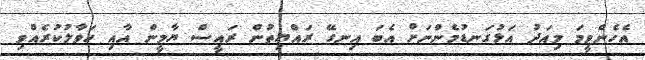
އެހެންވީމަ މިއަދު އަޅުގަނޑުމެންނަށް އެބަ އިނގޭ ރައްޔިތުން ރައީސް ޔާމީން އާއި ހަވާލުކުރެއްވި